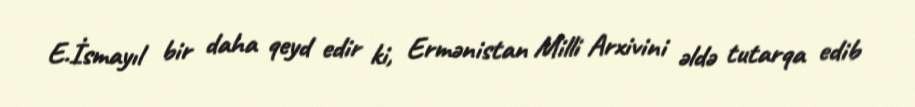
E.İsmayıl bir daha qeyd edir ki, Ermənistan Milli Arxivini əldə tutarqa edib